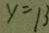
y = 1 3